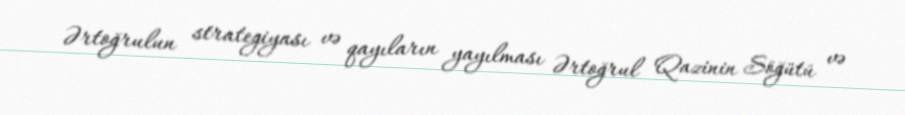
Ərtoğrulun strategiyası və qayıların yayılması Ərtoğrul Qazinin Söğütü və